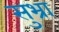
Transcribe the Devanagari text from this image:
सुभ्रा